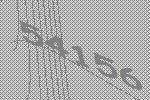
54156